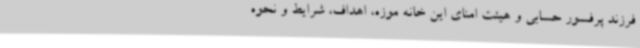
فرزند پرفسور حسابی و هیئت امنای این خانه موزه، اهداف، شرایط و نحوه